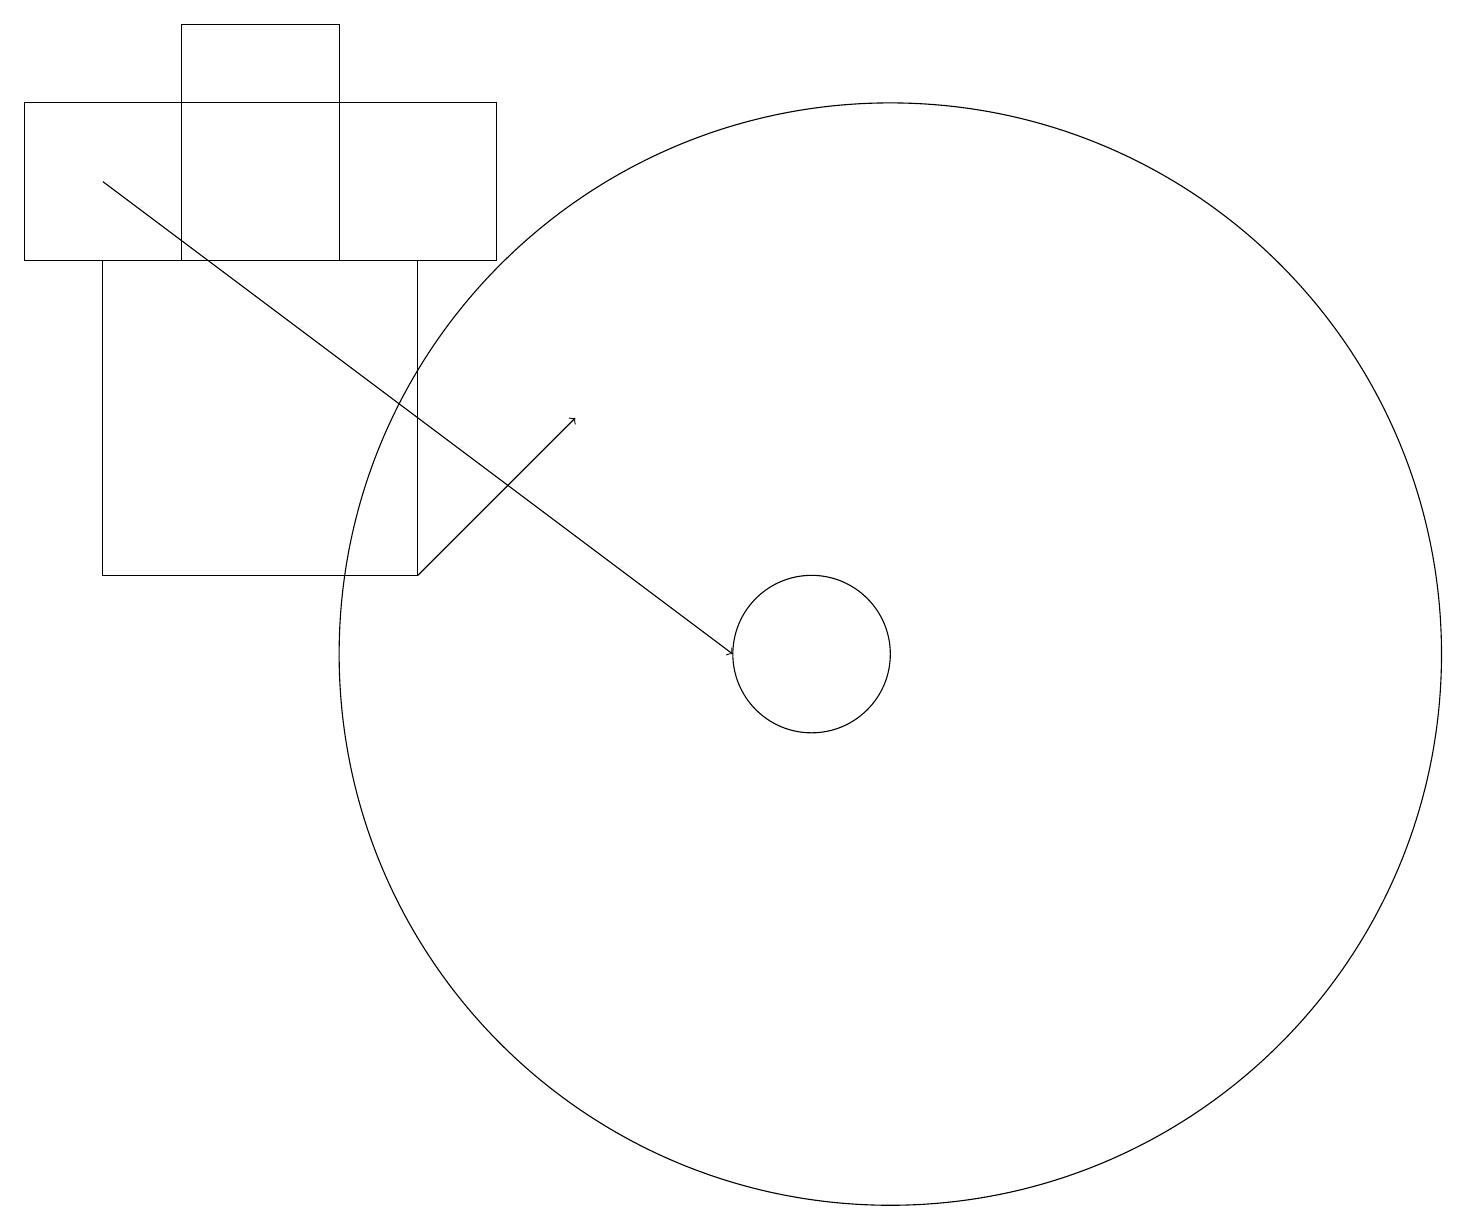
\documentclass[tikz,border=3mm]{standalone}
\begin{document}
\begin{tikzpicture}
\draw[->] (5,12) -- (7,14);
\draw (0,16) rectangle (6,18);
\draw (4,19) rectangle (2,16);
\draw (11,11) circle (7);
\draw (1,12) rectangle (5,16);
\draw (10,11) circle (1);
\draw (11,11) circle (0);
\draw[->] (1,17) -- (9,11);
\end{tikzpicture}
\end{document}